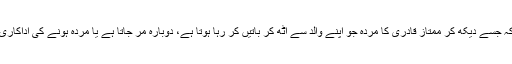
یہ پلس تو ایسی ہے کہ جسے دیکھ کر ممتاز قادری کا مردہ جو اپنے والد سے اٹھ کر باتیں کر رہا ہوتا ہے، دوبارہ مر جاتا ہے یا مردہ ہونے کی اداکاری کرنے لگ جاتا ہے۔